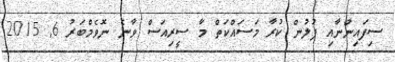
ސިފައިންނާއި ފުލުން ކުރާ މަސައްކަތް މާ ސީރިއަސް ވާނެ ނޮވެމްބަރު 6